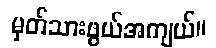
မှတ်သားဖွယ်အကျယ်။